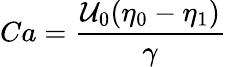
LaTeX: Ca=\frac{\mathcal{U}_{0}(\eta_{0}-\eta_{1})}{\gamma}